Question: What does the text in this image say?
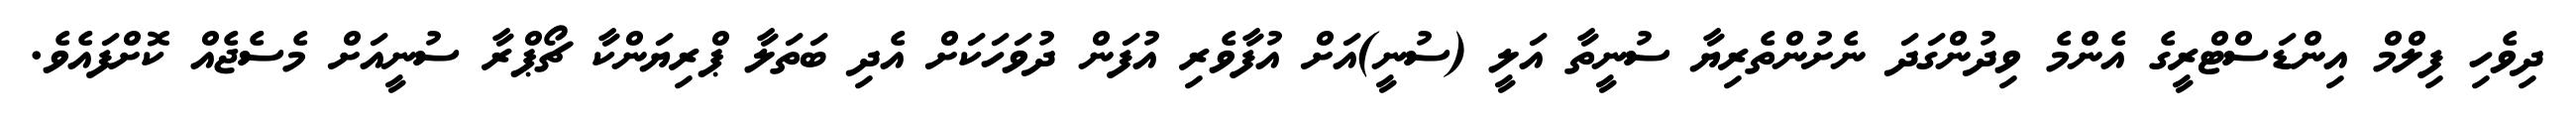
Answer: ދިވެހި ފިލްމް އިންޑަސްޓްރީގެ އެންމެ ވިދުންގަދަ ނެށުންތެރިޔާ ސުނީތާ އަލީ (ސުނީ)އަށް އުފާވެރި އުފަން ދުވަހަކަށް އެދި ބަތަލާ ޕްރިޔަންކާ ޗޯޕްރާ ސުނީއަށް މެސެޖެއް ކޮށްފައެވެ.